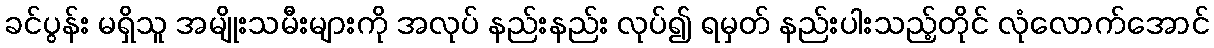
ခင်ပွန်း မရှိသူ အမျိုးသမီးများကို အလုပ် နည်းနည်း လုပ်၍ ရမှတ် နည်းပါးသည့်တိုင် လုံလောက်အောင်